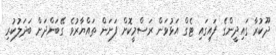
ދޫކުރާ ގައިދީންގެ ފައިގައި ޓެގް އަޅުވަން ރަސްމީކޮށް ފަށަން ތައްޔާރުވެ ގޭބަންދަށް ބަދަލުކުރި